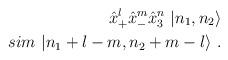
LaTeX: \begin{align*}{\hat x}^l_+ {\hat x}^m_- {\hat x}^n_3 \ |n_1 ,n_2 \rangle \\sim \ |n_1 +l-m,n_2 +m-l \rangle \ .\end{align*}